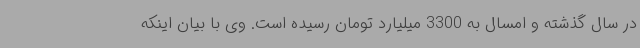
در سال گذشته و امسال به 3300 میلیارد تومان رسیده است. وی با بیان اینکه